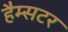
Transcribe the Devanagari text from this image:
हैम्सटर